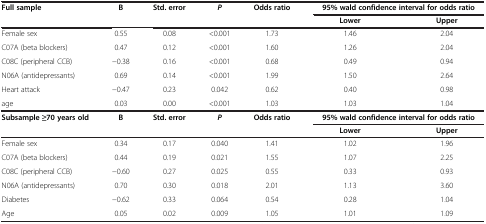
| <ROWSPAN=2> Full sample | <ROWSPAN=2> B | <ROWSPAN=2> Std. error | <ROWSPAN=2> P | <ROWSPAN=2> Odds ratio | <COLSPAN=2> 95% wald confidence interval for odds ratio |
 | Lower | Upper |
 | --- | --- | --- | --- | --- | --- | --- |
 | Female sex | 0.55 | 0.08 | <0.001 | 1.73 | 1.46 | 2.04 |
 | C07A (beta blockers) | 0.47 | 0.12 | <0.001 | 1.60 | 1.26 | 2.04 |
 | C08C (peripheral CCB) | −0.38 | 0.16 | <0.001 | 0.68 | 0.49 | 0.94 |
 | N06A (antidepressants) | 0.69 | 0.14 | <0.001 | 1.99 | 1.50 | 2.64 |
 | Heart attack | −0.47 | 0.23 | 0.042 | 0.62 | 0.40 | 0.98 |
 | age | 0.03 | 0.00 | <0.001 | 1.03 | 1.03 | 1.04 |
 | <ROWSPAN=2> Subsample ≥70 years old | <ROWSPAN=2> B | <ROWSPAN=2> Std. error | <ROWSPAN=2> P | <ROWSPAN=2> Odds ratio | <COLSPAN=2> 95% wald confidence interval for odds ratio |
 | Lower | Upper |
 | Female sex | 0.34 | 0.17 | 0.040 | 1.41 | 1.02 | 1.96 |
 | C07A (beta blockers) | 0.44 | 0.19 | 0.021 | 1.55 | 1.07 | 2.25 |
 | C08C (peripheral CCB) | −0.60 | 0.27 | 0.025 | 0.55 | 0.33 | 0.93 |
 | N06A (antidepressants) | 0.70 | 0.30 | 0.018 | 2.01 | 1.13 | 3.60 |
 | Diabetes | −0.62 | 0.33 | 0.064 | 0.54 | 0.28 | 1.04 |
 | Age | 0.05 | 0.02 | 0.009 | 1.05 | 1.01 | 1.09 |